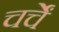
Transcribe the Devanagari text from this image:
चर्चें